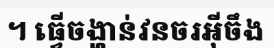
។ ធ្វើចង្ហាន់វនចរអ៊ីចឹង